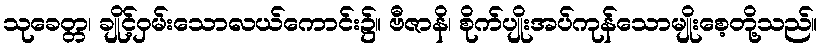
သုခေတ္တ၊ ချိုင့်ဝှမ်းသောလယ်ကောင်း၌။ ဗီဇာနိ၊ စိုက်ပျိုးအပ်ကုန်သောမျိုးစေ့တို့သည်။